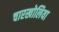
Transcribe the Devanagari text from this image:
चारखोलिया